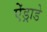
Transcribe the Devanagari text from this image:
ऐंड्राडे